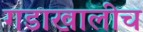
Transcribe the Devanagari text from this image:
गडाखालीच